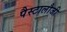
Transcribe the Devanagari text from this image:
पैस्टालौजी